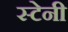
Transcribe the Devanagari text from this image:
स्टेनी